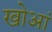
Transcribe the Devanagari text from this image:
खोआं